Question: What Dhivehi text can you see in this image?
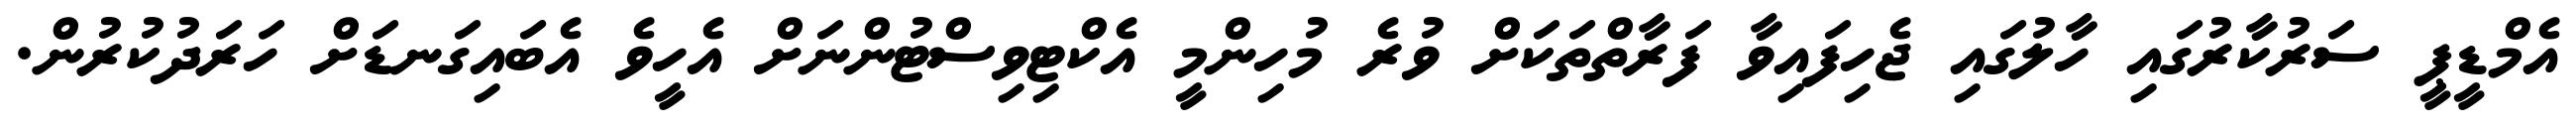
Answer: އެމްޑީޕީ ސަރުކާރުގައި ހާލުގައި ޖެހިފައިވާ ފަރާތްތަކަށް ވުރެ މުހިންމީ އެކްޓިވިސްޓުންނަށް އެހީވެ އެބައިގަނޑަށް ހަރަދުކުރުން.